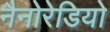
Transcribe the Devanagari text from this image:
नैनोरेडियो